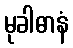
မုခါဓာနံ